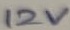
Text: 12V